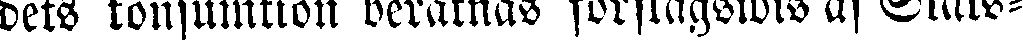
dets konsumtion beräknas förslagswis af Stats-